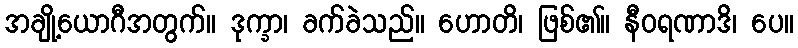
အချို့ယောဂီအတွက်။ ဒုက္ခာ၊ ခက်ခဲသည်။ ဟောတိ၊ ဖြစ်၏။ နီဝရဏာဒိ၊ ပေ။